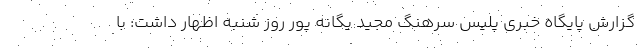
گزارش پایگاه خبری پلیس سرهنگ مجید یگانه پور روز شنبه اظهار داشت: با